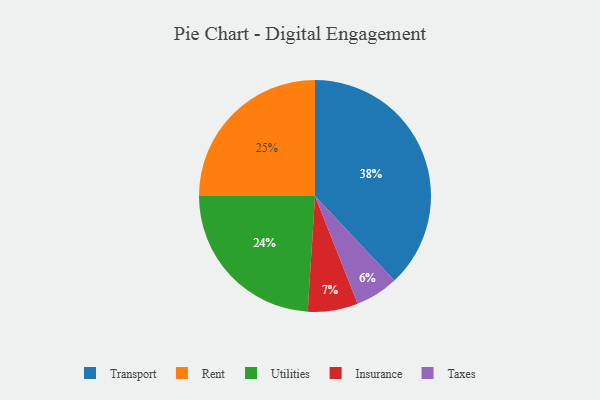
{"axis": {"x": "Category", "y": "Percentage"}, "legend": ["Insurance", "Rent", "Taxes", "Transport", "Utilities"], "data": [{"x": "Transport", "y": 38, "type": "Transport"}, {"x": "Taxes", "y": 6, "type": "Taxes"}, {"x": "Utilities", "y": 24, "type": "Utilities"}, {"x": "Insurance", "y": 7, "type": "Insurance"}, {"x": "Rent", "y": 25, "type": "Rent"}]}